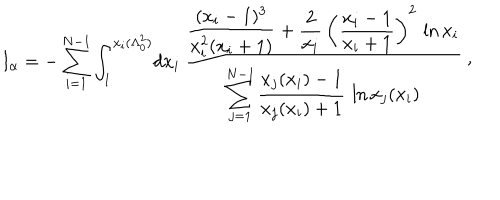
LaTeX: I _ { \alpha } = - \sum _ { i = 1 } ^ { N - 1 } \int _ { 1 } ^ { x _ { i } ( \Lambda _ { 0 } ^ { 2 } ) } \! d x _ { i } \, { \frac { \displaystyle { \frac { ( x _ { i } - 1 ) ^ { 3 } } { x _ { i } ^ { 2 } ( x _ { i } + 1 ) } } + { \frac { 2 } { x _ { i } } } \, \left( { \frac { x _ { i } - 1 } { x _ { i } + 1 } } \right) ^ { 2 } \, \ln x _ { i } } { \displaystyle \sum _ { j = 1 } ^ { N - 1 } { \frac { x _ { j } ( x _ { i } ) - 1 } { x _ { j } ( x _ { i } ) + 1 } } \, \ln x _ { j } ( x _ { i } ) } } \ \raise 2 p t \mathrm { , }